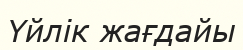
Үйлік жағдайы